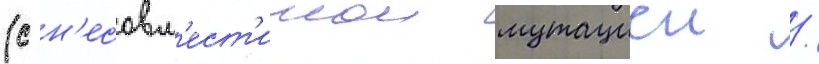
(с н'есовм'ест'имои мутациеи /